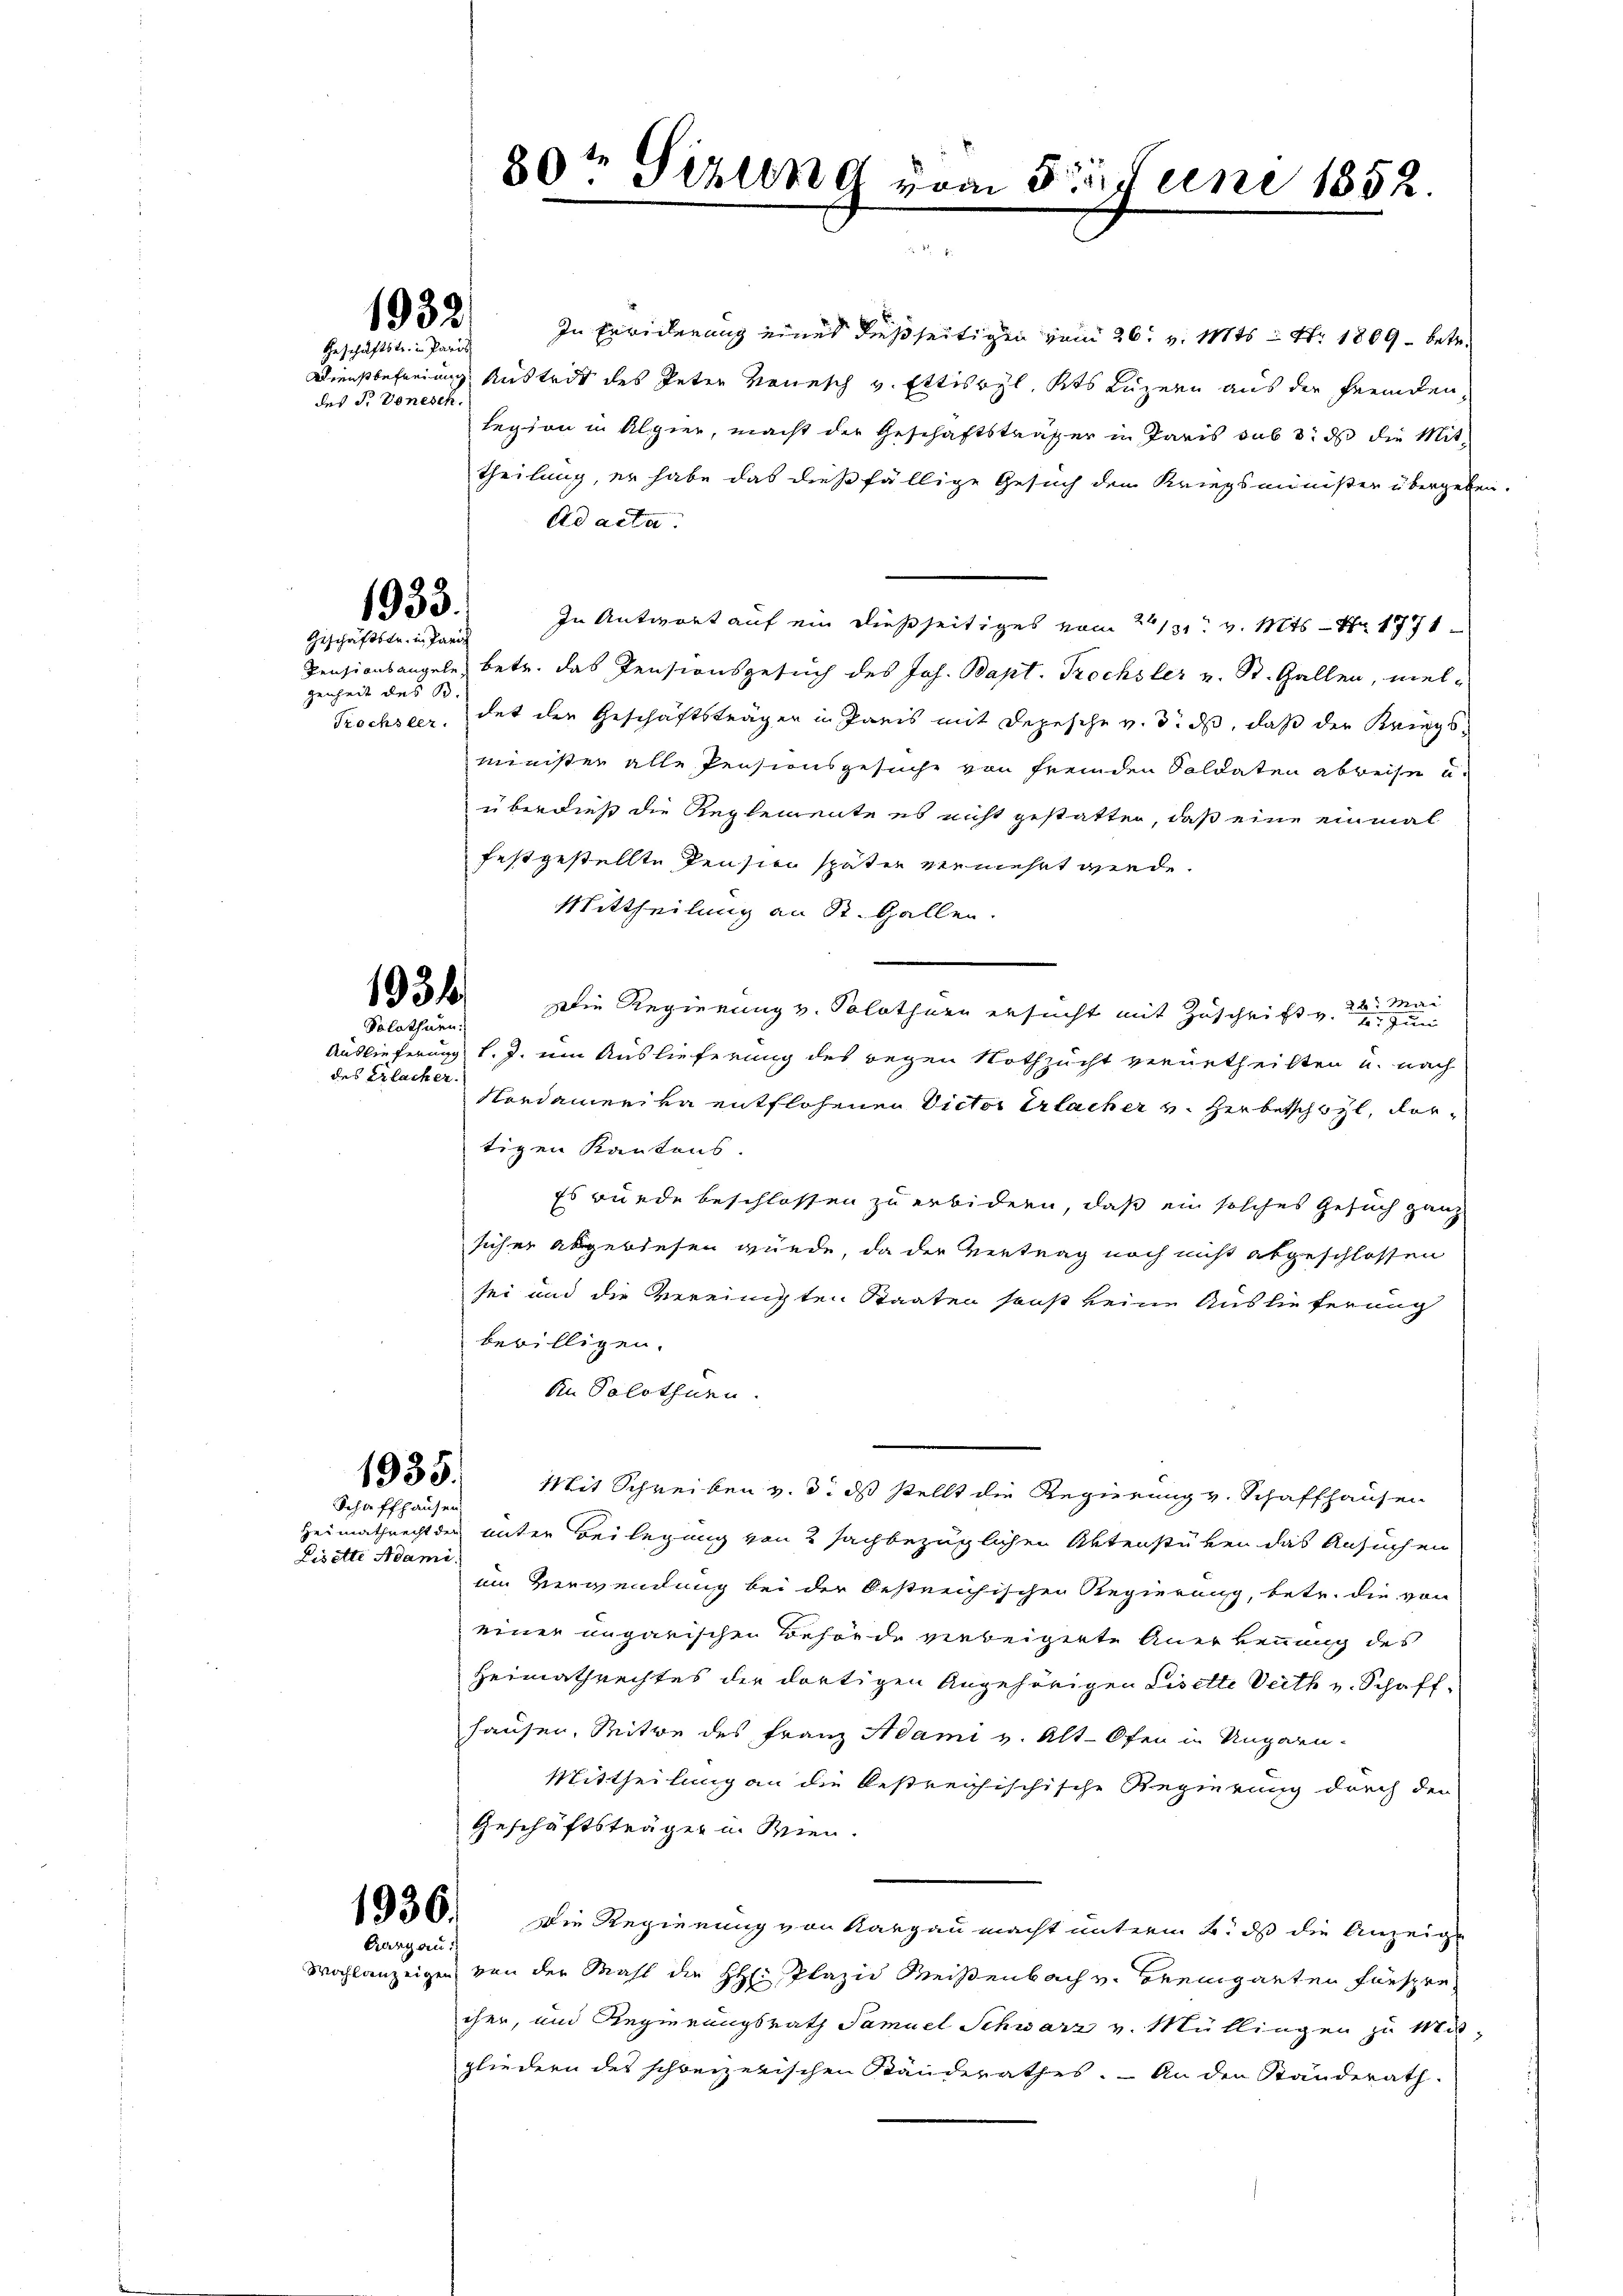
1932

Geschäftstr. in Pari
des P. Vonesch.

1933.
Geschäftstr. in Paris

genheit des B.

1934
Solothurn.

des Erlacher.

Schaffhausen

Heimathrecht den
Lisette Adami

In Erwiderung eines dießseitigen vom 26. v. Mts = Nr. 1809 - betr.
Dienstbefreiung Austritt des Peter Neuesch v. Ettiswyl, Kts Luzern aus der fremden,
legion in Alpier, macht der Geschäftsträfer in Paris sub 3. ds die Mit-
theilung, er habe das dießfällige Gesuch den Kriegsminister übergeben.
Ad acta.
In Antwort auf ein dießseitiges vom 13. v. Mts. — Nr 1771
Pensionsangele, betr. das Pensionsgesuch des Joh. Bapt. Prochsler v. St. Gallen, wel¬
Trochsler, dat den Geschäftsträger in Paris mit Depesche v. 3. ds, daß der Kriegs¬
Minister alle Pensionsgesuche von fremden Soldaten abweise u.
überdieß die Reglemente es nicht gestatten, daß eine einmal
festgestellte Pension später vermehrt werde.
Mittheilung an St. Gallen.
Die Regierung v. Solothurn ersucht mit Zuschrift v.
Auslieferung l. J. ein Auslieferung des gegen Nothzucht verurtheilten u. nach
Nordamerika entflohenen Victor Erlacher v. Herbeschäzl, vortigen Kantons.
Es wurde beschlossen zu erbidern, daß ein solches Gesuch ganz
sicher abgewiesen wurde, da der Vertrag noch nicht abgeschlossen
sei und die Vereinigten Staaten sonst keine Auslieferung
bewilligen.
kn Solothurn.
1935.
Mit Schreiben v. 3. ds stellt die Regierung v. Schaffhausen
unter Beilegung von 2 sachbezüglichen Aktenstüken das Ansuchen
im Verwendung bei der Oestreichischen Regierung, betr. die von
einer ungarischen Behörde verbeigerte Anerkennung des
Heimathrechtes der dortigen Angehörigen Lisette Veith v. Schaff-
hausen. Seite des Franz Adami v. Alt-Ofen in Ungarn-
Mittheilung an die bestreichischische Regierung durch den
Geschäftsträger u. Wien.
1050. Die Regierung von Kargau macht unterm 2. ds die Anzeig
Aargau:
Wohlanzeigen von der Mahl die H: Plazid Meisenbach v. Beeinganten fürspre
cher, und Regierungsrath Samuel Schwarz v. Müllingen zu Ma-
gliedern des schweizerischen Ständerathes. - An den Ständerath.

80t Tizung vom 3ten Juni 1852.
 55 x